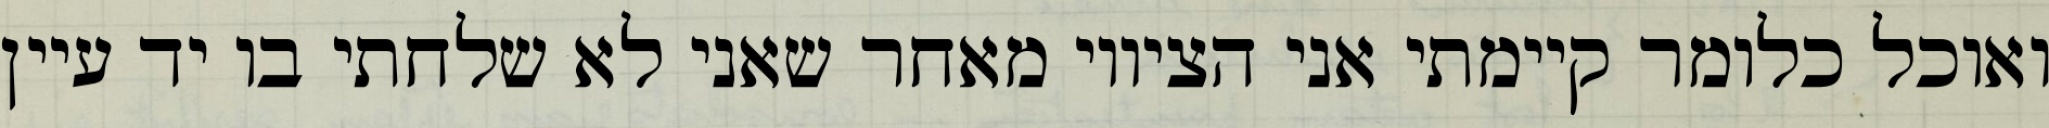
ואוכל כלומר קיימתי אני הציווי מאחר שאני לא שלחתי בו יד עיין